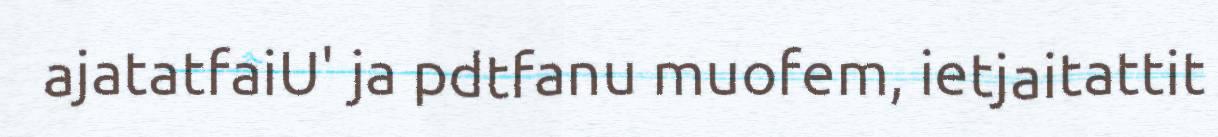
ajatatfaiU' ja pdtfanu muofem, ietjaitattit